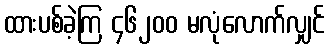
ထားပစ်ခဲ့ကြ ၄၆၂၀၀ မလုံလောက်လျှင်